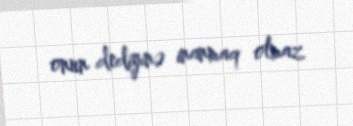
onun dediyinə inanmaq olmaz.